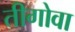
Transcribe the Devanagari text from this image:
तीगोवा